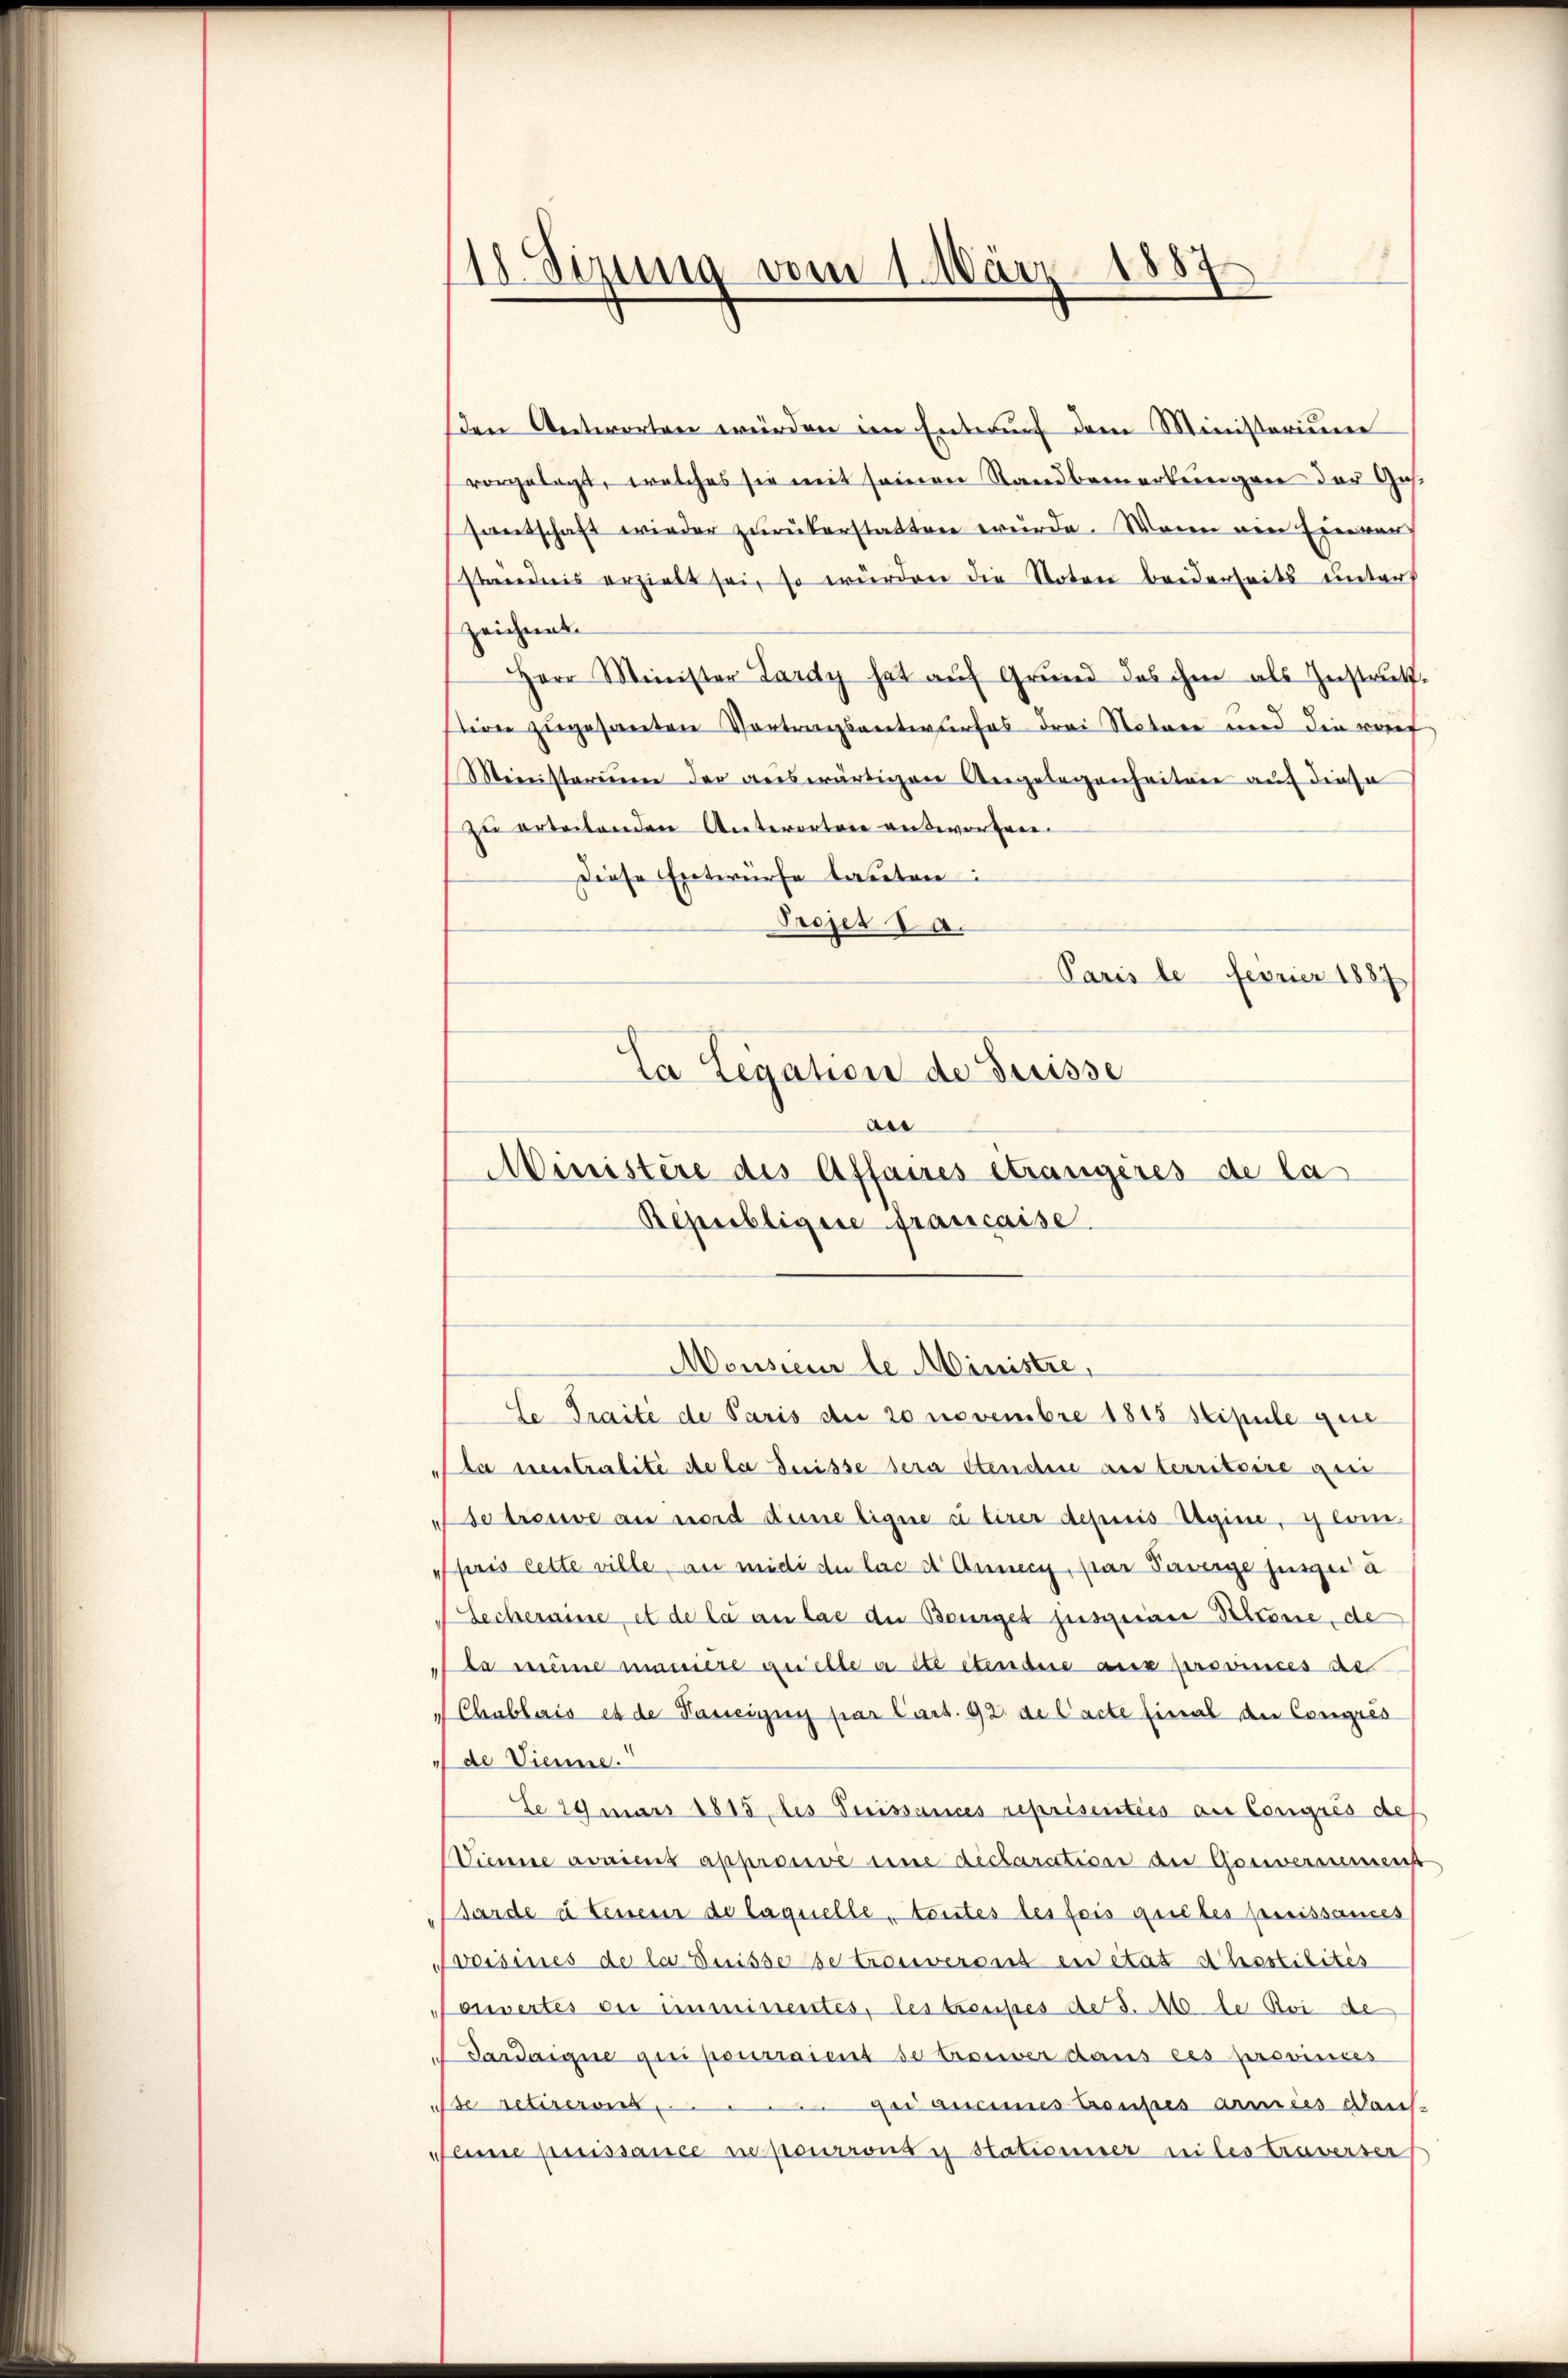
.
gung vom 1. März 1887

den Antworten würden im Entwurf dem Ministerium
vorgelegt, welches sie mit seinen Standbemerkungen der Gas¬
Hantschaft wieder zurükerstatten würde. Wenn ein Eine von
ständnis erzielt sei, so würden die Noten beiderseits eintauf
zeichnet.
Herr Minister Lardy hat auf Grund das ihm als Instrukt
tion zugesanden Vortragsentwurfes drei Notare und die vorf
Miinisterium der auswärtigen Angelegenheiter auf diese
zu erbeitenden Unterortare antworfene
Diese Entwürfe lauten:
Projet da.
Paris le Ferier 1887
La Legation de Suisse
der
Ministère des Affaires étrangeres de la
Bepubligere francaise.
Meusieur le Ministre,
Se Traité de Paris der 20 novembre 1815 stipule que
Pta neutralité de la Suisse sera Stenden an territoire qui
Setrose an wird dine ligne c tirer depuis Ugine, glain
pris cette ville, au midi du las d Annen, par Taverge jure à
Lecheraine, et de la an lae die Bourget susgerier Persone, de
ta mine männere quelle a etc etendere aus provinces de
Chublais es de Tasseigny par Cart. 92 de l’acte final de Congres
de Vienne.
Le 29 mars 1815 des Suissances reprisenties au Congrés des
Vienne avaient approsie eine declaration der Gesiversement
Barde à tenes de laquelle toutes des fois quiles preissances
Fvoisines de la Suisse se troseversis en état Ahsstilités
oiiertes en imminientes, les treusses de 3. 10 de Roi de
Tardaigne qui pourraient se troser dans ces provinces
se retirerens ......... qui aucines Graubes armies Dans-
amne puissance ne pourrons y stationier niles traverser

.